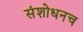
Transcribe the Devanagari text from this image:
संशोधनच